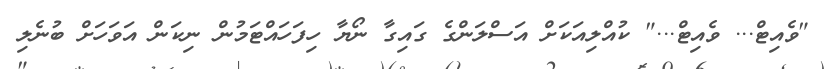
"ވެއިޓް... ވެއިޓް..." ކުއްލިއަކަށް އަސްލަންގެ ގައިގާ ނޯޔާ ހިފަހައްޓަމުން ނިކަން އަވަހަށް ބުނެލި